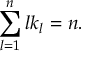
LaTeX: \sum _ { l = 1 } ^ { n } l k _ { l } = n .